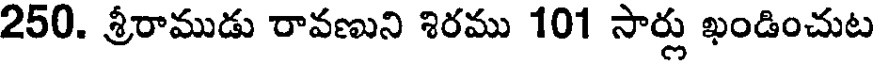
250. శ్రీరాముడు రావణుని శిరము 101 సార్లు ఖండించుట